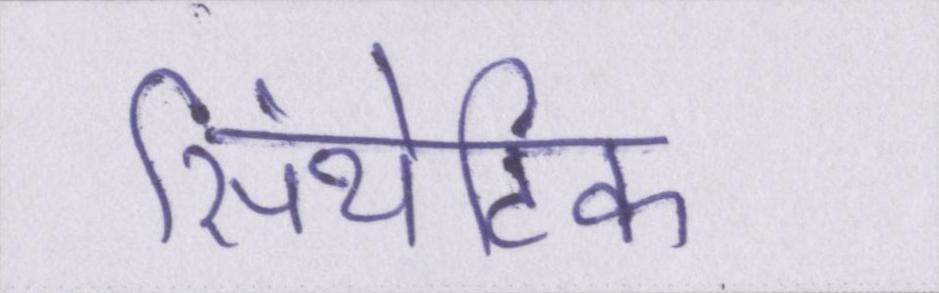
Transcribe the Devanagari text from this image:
सिंथेटिक